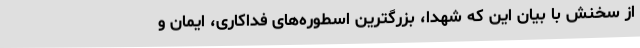
از سخنش با بیان این که شهدا، بزرگترین اسطوره‌های فداکاری، ایمان و